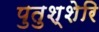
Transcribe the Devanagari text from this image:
पुतुश्शेरि